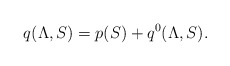
\begin{align*} q(\Lambda,S)=p(S)+q^0(\Lambda,S).\end{align*}